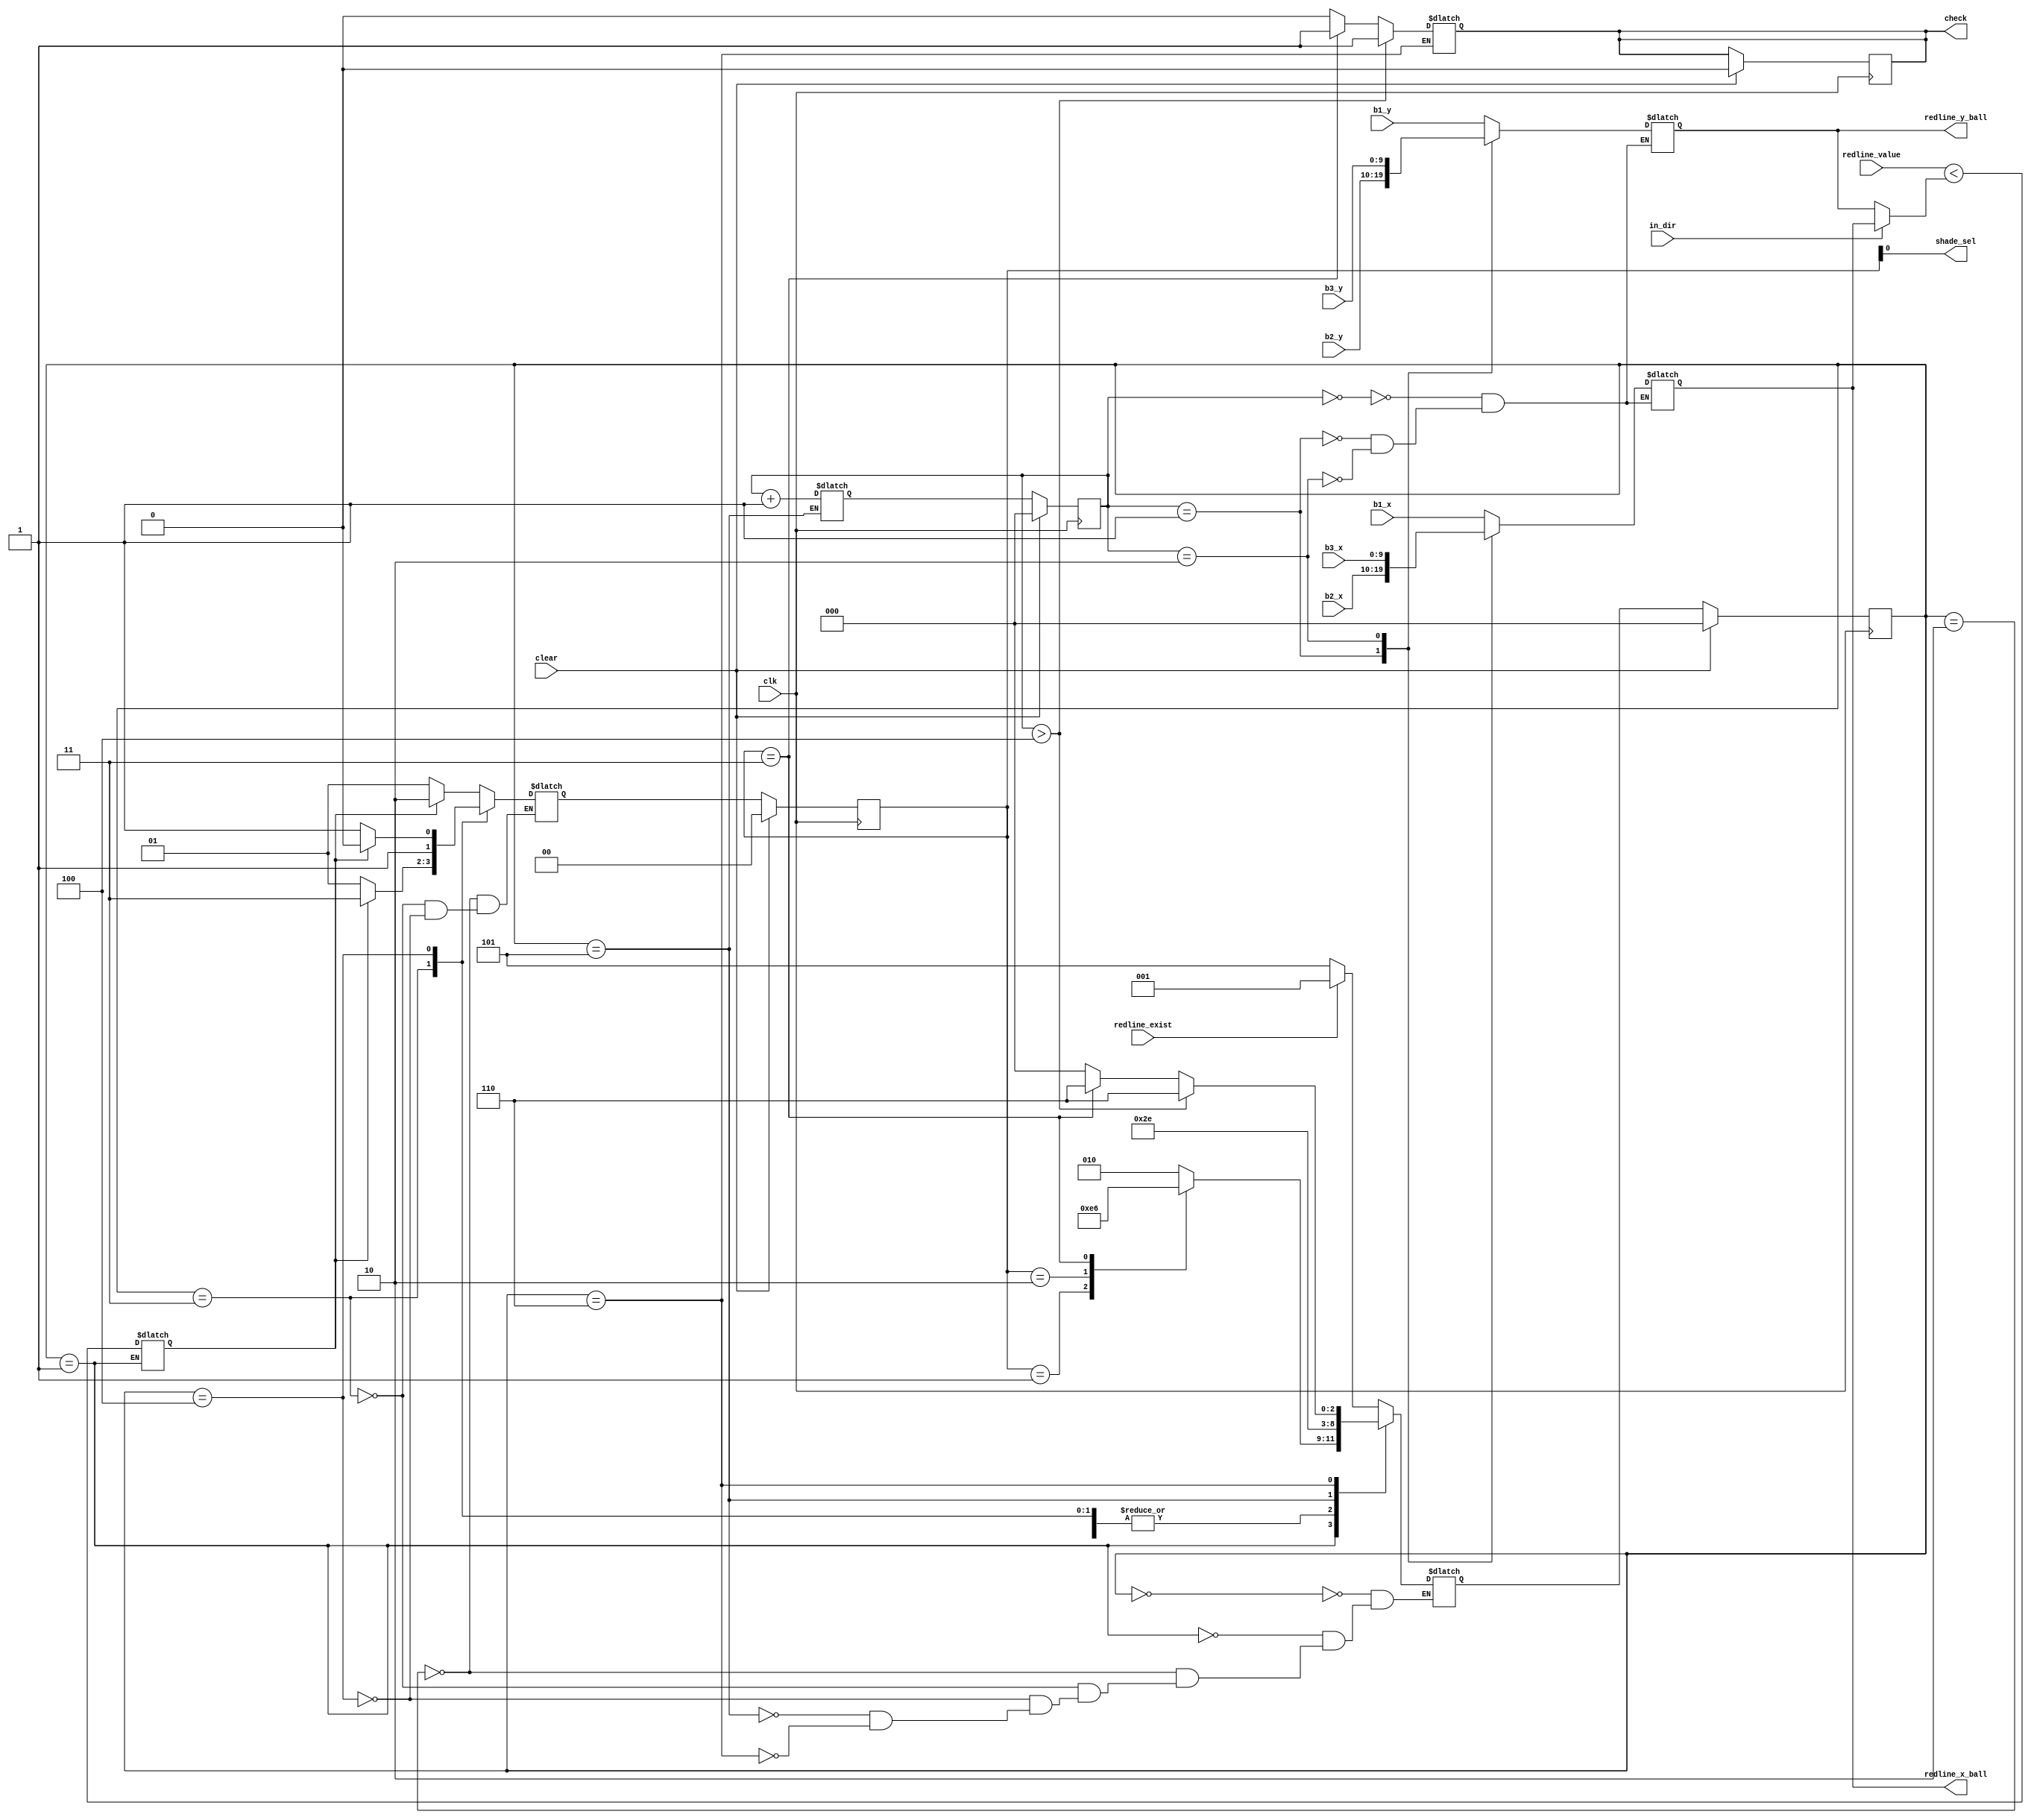
`timescale 1ns / 1ps
//////////////////////////////////////////////////////////////////////////////////
// Company: 
// Engineer: 
// 
// Design Name: 
// Module Name: vga_ctrl
// Project Name: 
// Target Devices: 
// Tool Versions: 
// Description: 
// 
// Dependencies: 
// 
// Revision:
// Revision 0.01 - File Created
// Additional Comments:
// 
//////////////////////////////////////////////////////////////////////////////////

module region
(
    input clk, input clear, input in_dir, input redline_exist, input redline_value,
    input [9:0] b1_x, input [9:0] b1_y,
    input [9:0] b2_x, input [9:0] b2_y,
    input [9:0] b3_x, input [9:0] b3_y,
    output [9:0] redline_x_ball, output [9:0] redline_y_ball, output reg check, output shade_sel
);

    reg [2:0] ns_ball_sel, ps_ball_sel;
    reg [9:0] sel_ball_x, sel_ball_y;

    always@(posedge clk)
    begin
        if(clear == 1)
        begin
            ps_ball_sel<=0;
        end
        else
        begin
            ps_ball_sel<=ns_ball_sel;
        end
    end

    always@(*)
    begin
        case(ps_ball_sel)
            0:  
                begin
                    sel_ball_x = b1_x;
                    sel_ball_y = b1_y;
                end
            1:  
                begin
                    sel_ball_x = b2_x;
                    sel_ball_y = b2_y;
                end
            2:  
                begin
                    sel_ball_x = b3_x;
                    sel_ball_y = b3_y;
                end
        endcase
    end
    
    reg [9:0] ball_dist;
    always@(*)
    begin
        if(in_dir==1)                                           //left or right - somya
            ball_dist = sel_ball_x;
        else
            ball_dist = sel_ball_y;
    end

    wire exist;
    wire [9:0] redline_dist;

    //redline r(.x_ball(sel_ball_x), .y_ball(sel_ball_y), .dir(in_dir), .exist(exist),  .value(redline_dist));
    assign redline_x_ball=sel_ball_x;
    assign redline_y_ball=sel_ball_y;
    assign exist=redline_exist;
    assign redline_dist=redline_value;
    
    reg [2:0] ps,ns;
    reg [1:0] present_shade_sel,next_shade_sel;
    
    always@(posedge clk)
    begin
        if(clear==1)
        begin
            ps <= 0;
            present_shade_sel <= 0;
            check <= 0;
        end
        else
        begin
            ps <= ns;
            present_shade_sel <= next_shade_sel;
        end
    end

    reg area;
//    reg present_shade_sel=0; //Unknown state
//    reg next_shade_sel=0; //Unknown state
    
    always@(*)
    begin
        case(ps)
            0:  
                begin
                    case(exist)
                        0: ns <= 5;
                        1: ns <= 1;
                    endcase
                end
            1:  
                begin
                    area = (redline_dist < ball_dist);
                    case(present_shade_sel)
                        0:  ns <= 2;
                        1:  ns <= 3;
                        2:  ns <= 4;
                        3:  ns <= 6;
                    endcase
                end
            2:  
                begin
                    if(area == 1)
                        next_shade_sel <= 2;
                    else
                        next_shade_sel <= 1;
                    ns <= 5;
                end
            3:  
                begin
                    if(area == 1)
                        next_shade_sel <= 3;
                    else
                        next_shade_sel <= 1;
                    ns <= 5;
                end
            4:  
                begin
                    if(area == 1)
                        next_shade_sel <= 2;
                    else
                        next_shade_sel <= 3;
                    ns <= 5;
                end
            5:  
                begin
                    ns_ball_sel <= ps_ball_sel+1;
                    ns <= 6;
                end
            6:  
                begin
                    if(ps_ball_sel > 4)
                    begin
                        check <= 1;
                        ns <= 6;
                    end
                    else
                    begin
                        if(present_shade_sel == 3)
                        begin
                            check <= 1;
                            ns <= 6;
                        end
                        else
                        begin
                            check <= 0;
                            ns <= 0;
                        end
                    end
                end
        endcase   
    end
    
    assign shade_sel=present_shade_sel;

endmodule